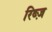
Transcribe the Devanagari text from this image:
रिब्ज़